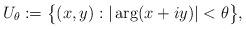
LaTeX: \begin{align*}U_\theta:=\big\{(x,y): |\arg(x+iy)|<\theta\big\},\end{align*}